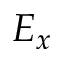
E _ { x }